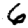
Digit: 6